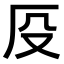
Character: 𠨻